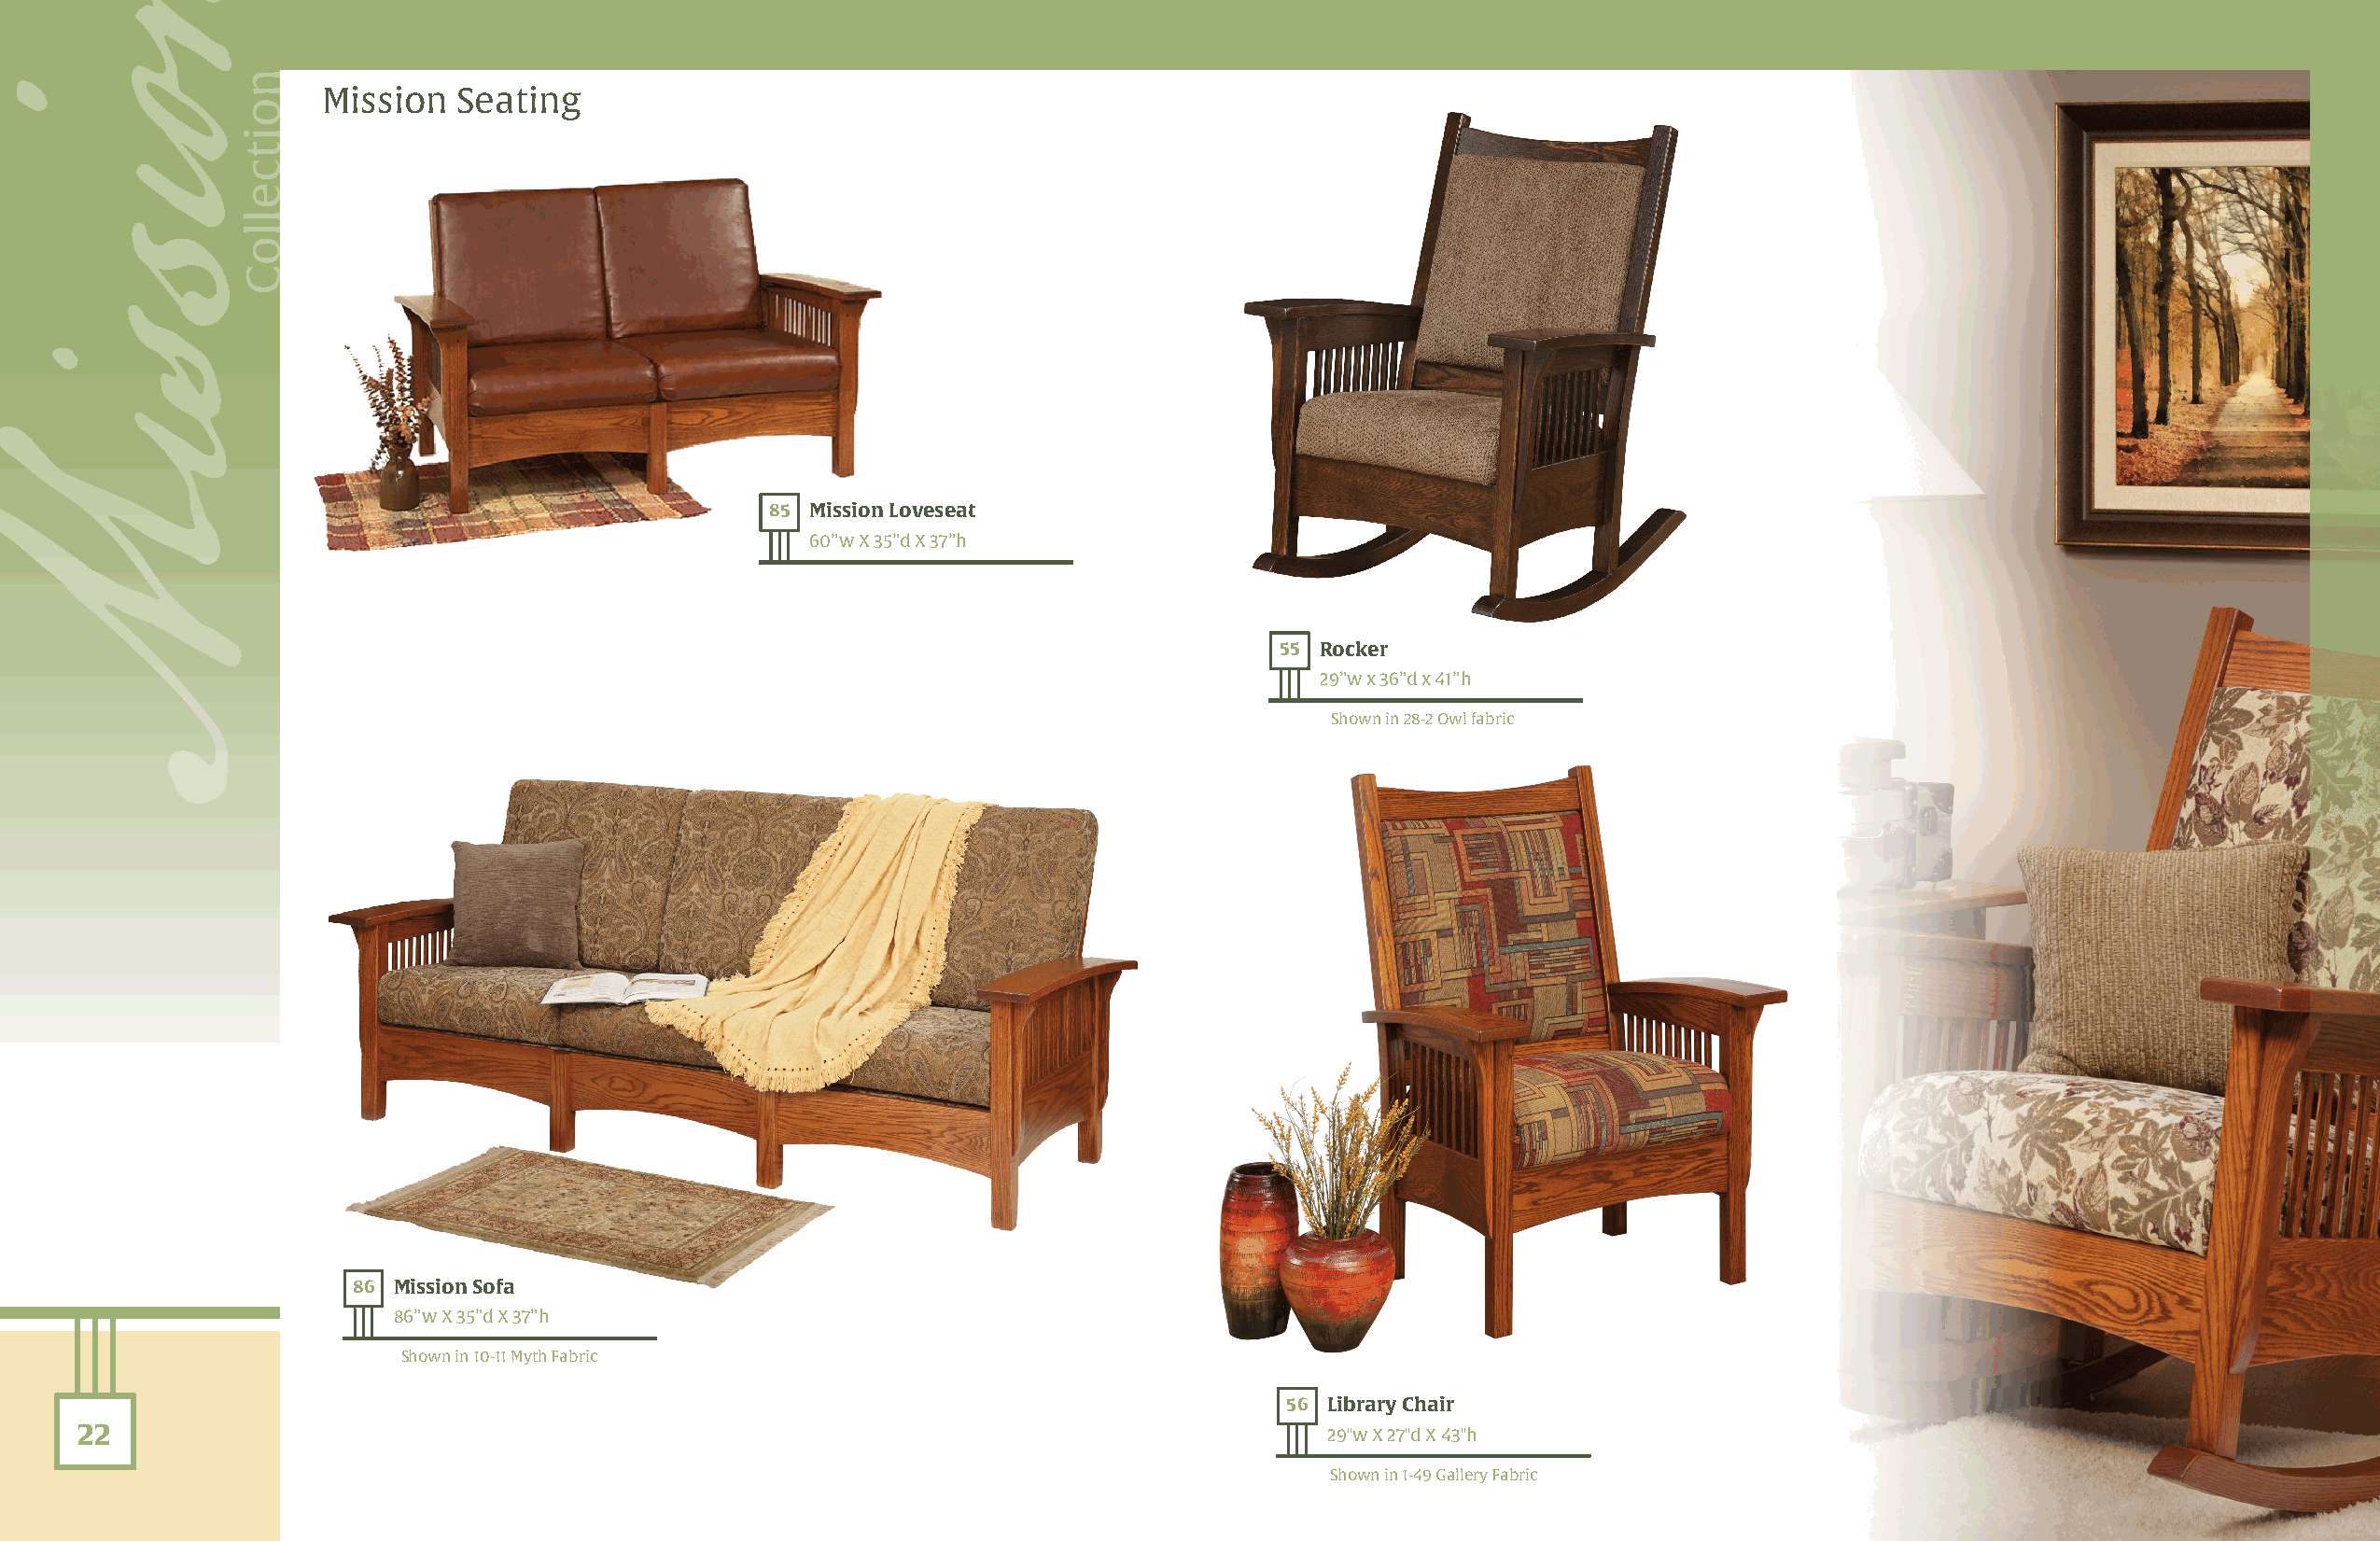
Mission  Seating
 85 Mission Loveseat
 60”w X 35”d X 37”h
 55 Rocker
 29”w x 36”d x 41”h
 Shown in 28-2 Owl fabric
 86 Mission Sofa
 86”w X 35”d X 37”h
 Shown in 10-11 Myth Fabric
 56 Library Chair
 22                                                                                      29"w X 27"d X 43"h
 Shown in 1-49 Gallery Fabric
 onisisM
 noitcelloC